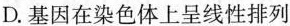
D.基因在染色体上呈线性排列